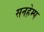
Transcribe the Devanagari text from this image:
सनहेम्प